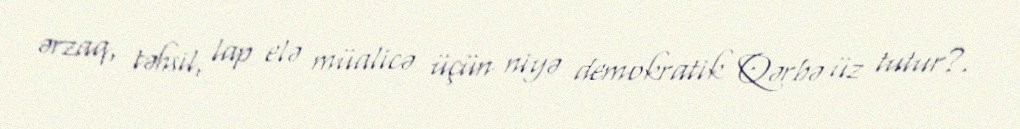
ərzaq, təhsil, lap elə müalicə üçün niyə demokratik Qərbə üz tutur?.